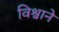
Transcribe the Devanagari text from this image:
विश्वाने